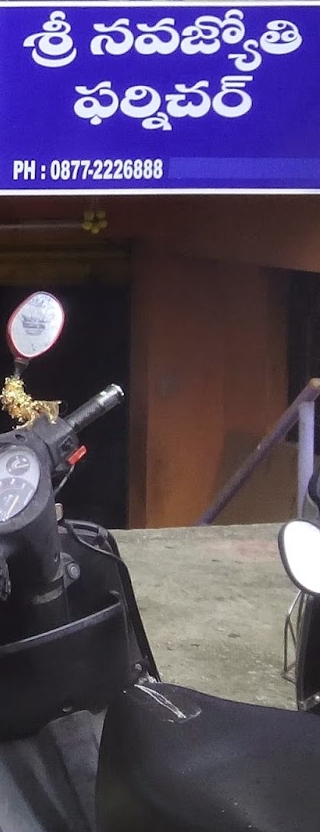
Language: telugu
Transcription: నవజ్యోతి ఫర్నిచర్ శ్రీ